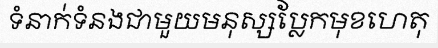
ទំនាក់ទំនងជាមួយមនុស្សប្លែកមុខហេតុ